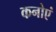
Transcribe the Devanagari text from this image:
कनोएं